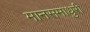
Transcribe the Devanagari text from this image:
मानसमाधुरी